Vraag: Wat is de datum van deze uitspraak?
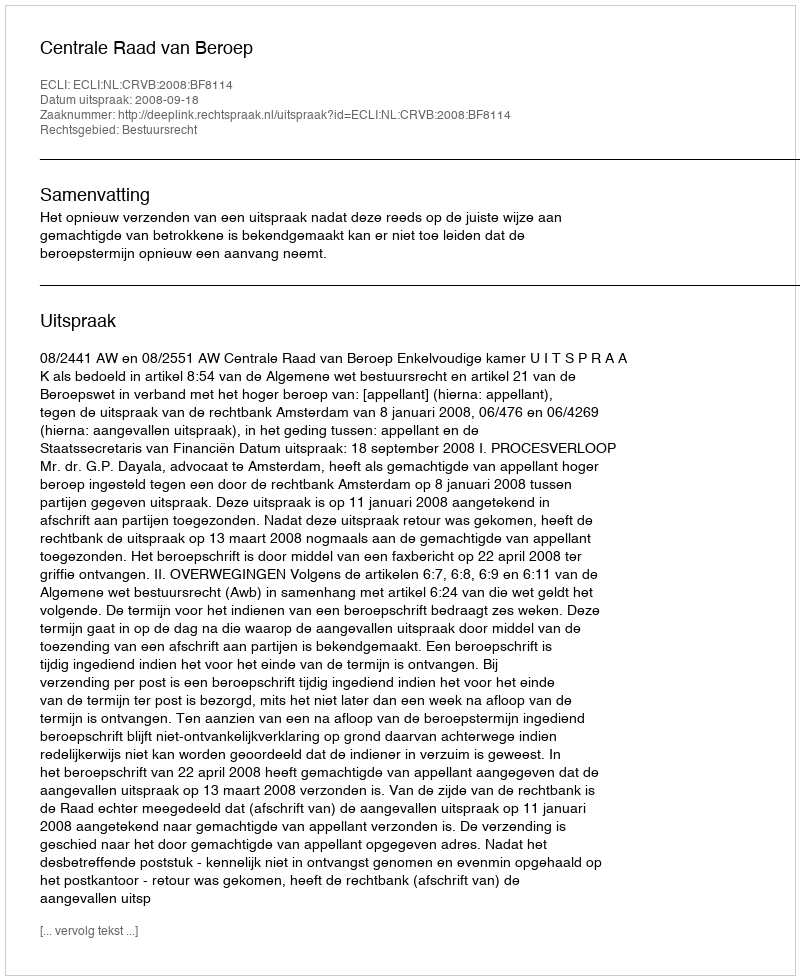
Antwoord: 2008-09-18